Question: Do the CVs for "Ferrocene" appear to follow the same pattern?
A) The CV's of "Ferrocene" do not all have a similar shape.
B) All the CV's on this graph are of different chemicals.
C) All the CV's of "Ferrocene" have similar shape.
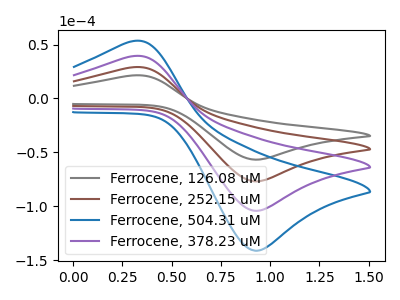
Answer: <think>The gray curve "Ferrocene, 126.08 uM" has an anodic peak at (0.30V, 21.35uA) and a cathodic peak at (0.90V, -56.70uA). The brown curve "Ferrocene, 252.15 uM" has an anodic peak at (0.30V, 28.95uA) and a cathodic peak at (0.90V, -76.80uA). The blue curve "Ferrocene, 504.31 uM" has an anodic peak at (0.30V, 86.80uA) and a cathodic peak at (0.90V, -230.45uA). The purple curve "Ferrocene, 378.23 uM" has an anodic peak at (0.30V, 57.90uA) and a cathodic peak at (0.90V, -153.65uA).
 All the peaks in "Ferrocene, 126.08 uM" have a peak in "Ferrocene, 252.15 uM" at the same potential. Every peak in "Ferrocene, 126.08 uM" is lower than every peak in "Ferrocene, 252.15 uM". All the peaks in "Ferrocene, 126.08 uM" have a peak in "Ferrocene, 504.31 uM" at the same potential. Every peak in "Ferrocene, 126.08 uM" is lower than every peak in "Ferrocene, 504.31 uM". All the peaks in "Ferrocene, 126.08 uM" have a peak in "Ferrocene, 378.23 uM" at the same potential. Every peak in "Ferrocene, 126.08 uM" is lower than every peak in "Ferrocene, 378.23 uM". All the peaks in "Ferrocene, 252.15 uM" have a peak in "Ferrocene, 504.31 uM" at the same potential. Every peak in "Ferrocene, 252.15 uM" is lower than every peak in "Ferrocene, 504.31 uM". All the peaks in "Ferrocene, 252.15 uM" have a peak in "Ferrocene, 378.23 uM" at the same potential. Every peak in "Ferrocene, 252.15 uM" is lower than every peak in "Ferrocene, 378.23 uM". All the peaks in "Ferrocene, 504.31 uM" have a peak in "Ferrocene, 378.23 uM" at the same potential. Every peak in "Ferrocene, 504.31 uM" is higher than every peak in "Ferrocene, 378.23 uM".</think>
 <answer>C) All the CV's of "Ferrocene" have similar shape.</answer>
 <eval>C</eval>